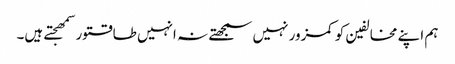
ہم اپنے مخالفین کو کمزور نہیں سمجھتے نہ انہیں طاقتور سمھجتے ہیں۔